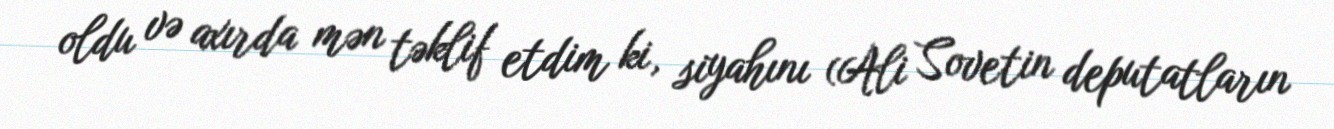
oldu və axırda mən təklif etdim ki, siyahını (Ali Sovetin deputatların